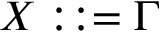
X : : = \Gamma \,